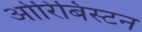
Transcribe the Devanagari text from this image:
ओरिबिस्टन